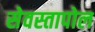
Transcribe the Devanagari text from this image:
सेवस्तापोल